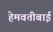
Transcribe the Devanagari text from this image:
हेमवतीबाई